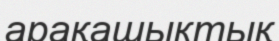
арақашыктық